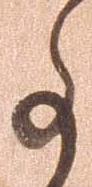
事